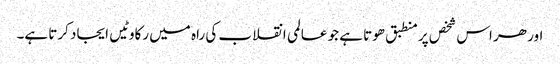
اور ھر اس شخص پر منطبق ھوتا ہے جو عالمی انقلاب کی راہ میں رکاوٹیں ایجاد کرتا ہے۔